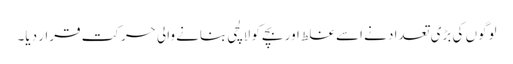
لوگوں کی بڑی تعداد نے اسے غلط اور بچے کو لالچی بنانے والی حرکت قرار دیا۔